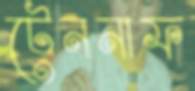
টেননাফ